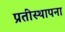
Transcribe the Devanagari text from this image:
प्रतीस्थापना